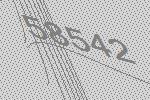
58542